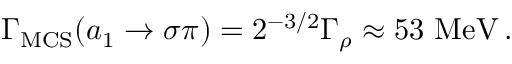
\Gamma _ { \mathrm { M C S } } ( a _ { 1 } \rightarrow \sigma \pi ) = 2 ^ { - 3 / 2 } \Gamma _ { \rho } \approx 5 3 \ \mathrm { M e V } \, .